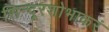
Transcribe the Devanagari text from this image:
सिन्दूरशोभाकरं